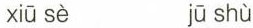
xiū sè jū shù